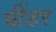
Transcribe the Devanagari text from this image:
भींडर